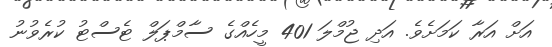
އަށް އަރާ ކަމަށެވެ. އަދި ޖުމްލަ 401 މީހެއްގެ ސާމްޕަލް ޓެސްޓު ކުރެވުނު